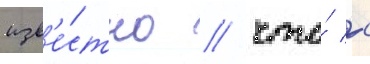
изв'е́стно / что́ с